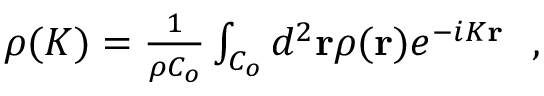
\begin{array} { r } { \rho ( { \cal K } ) = \frac { 1 } { \rho C _ { o } } \int _ { C _ { o } } d ^ { 2 } { \bf r } \rho ( { \bf r } ) e ^ { - i { \cal K } { \bf r } } ~ ~ , } \end{array}